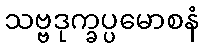
သဗ္ဗဒုက္ခပ္ပမောစနံ